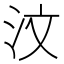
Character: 汶